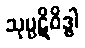
သုပ္ပဋိဝိဒ္ဓါ